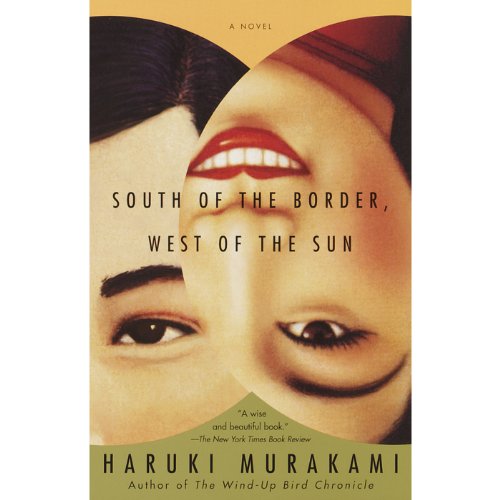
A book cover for South of the Border, West of the Sun: A Novel; Haruki Murakami; Science Fiction & Fantasy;